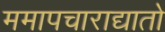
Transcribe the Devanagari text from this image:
ममापचाराद्यातो